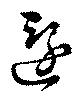
還